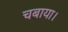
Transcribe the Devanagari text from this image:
चबाया।